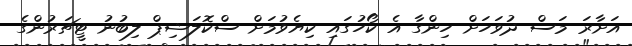
އަށާރަ މަސް ދުވަހަށް ހިންގާ އެ ކޯހުގައި ކިޔެވުމަށް ސްކޮލަޝިޕް ލިބުނު ޓީޗަރުންގެ